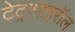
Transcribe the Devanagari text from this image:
टेट्रापाइरॉल